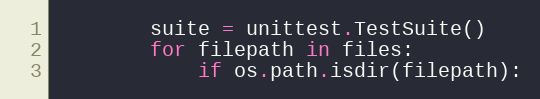
Language: Python
        suite = unittest.TestSuite()
        for filepath in files:
            if os.path.isdir(filepath):